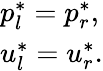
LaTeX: \begin{array}{l}{p_{l}^{*}=p_{r}^{*},}\\ {u_{l}^{*}=u_{r}^{*}.}\end{array}